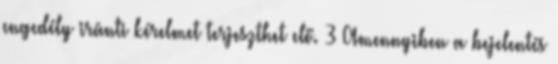
engedély iránti kérelmet terjeszthet elő. 3 Amennyiben a bejelentés